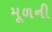
મૂળની